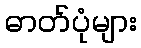
ဓာတ်ပုံများ